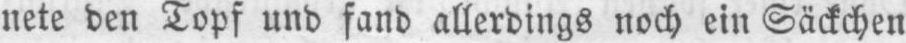
nete den Topf und fand allerdings noch ein Säckchen